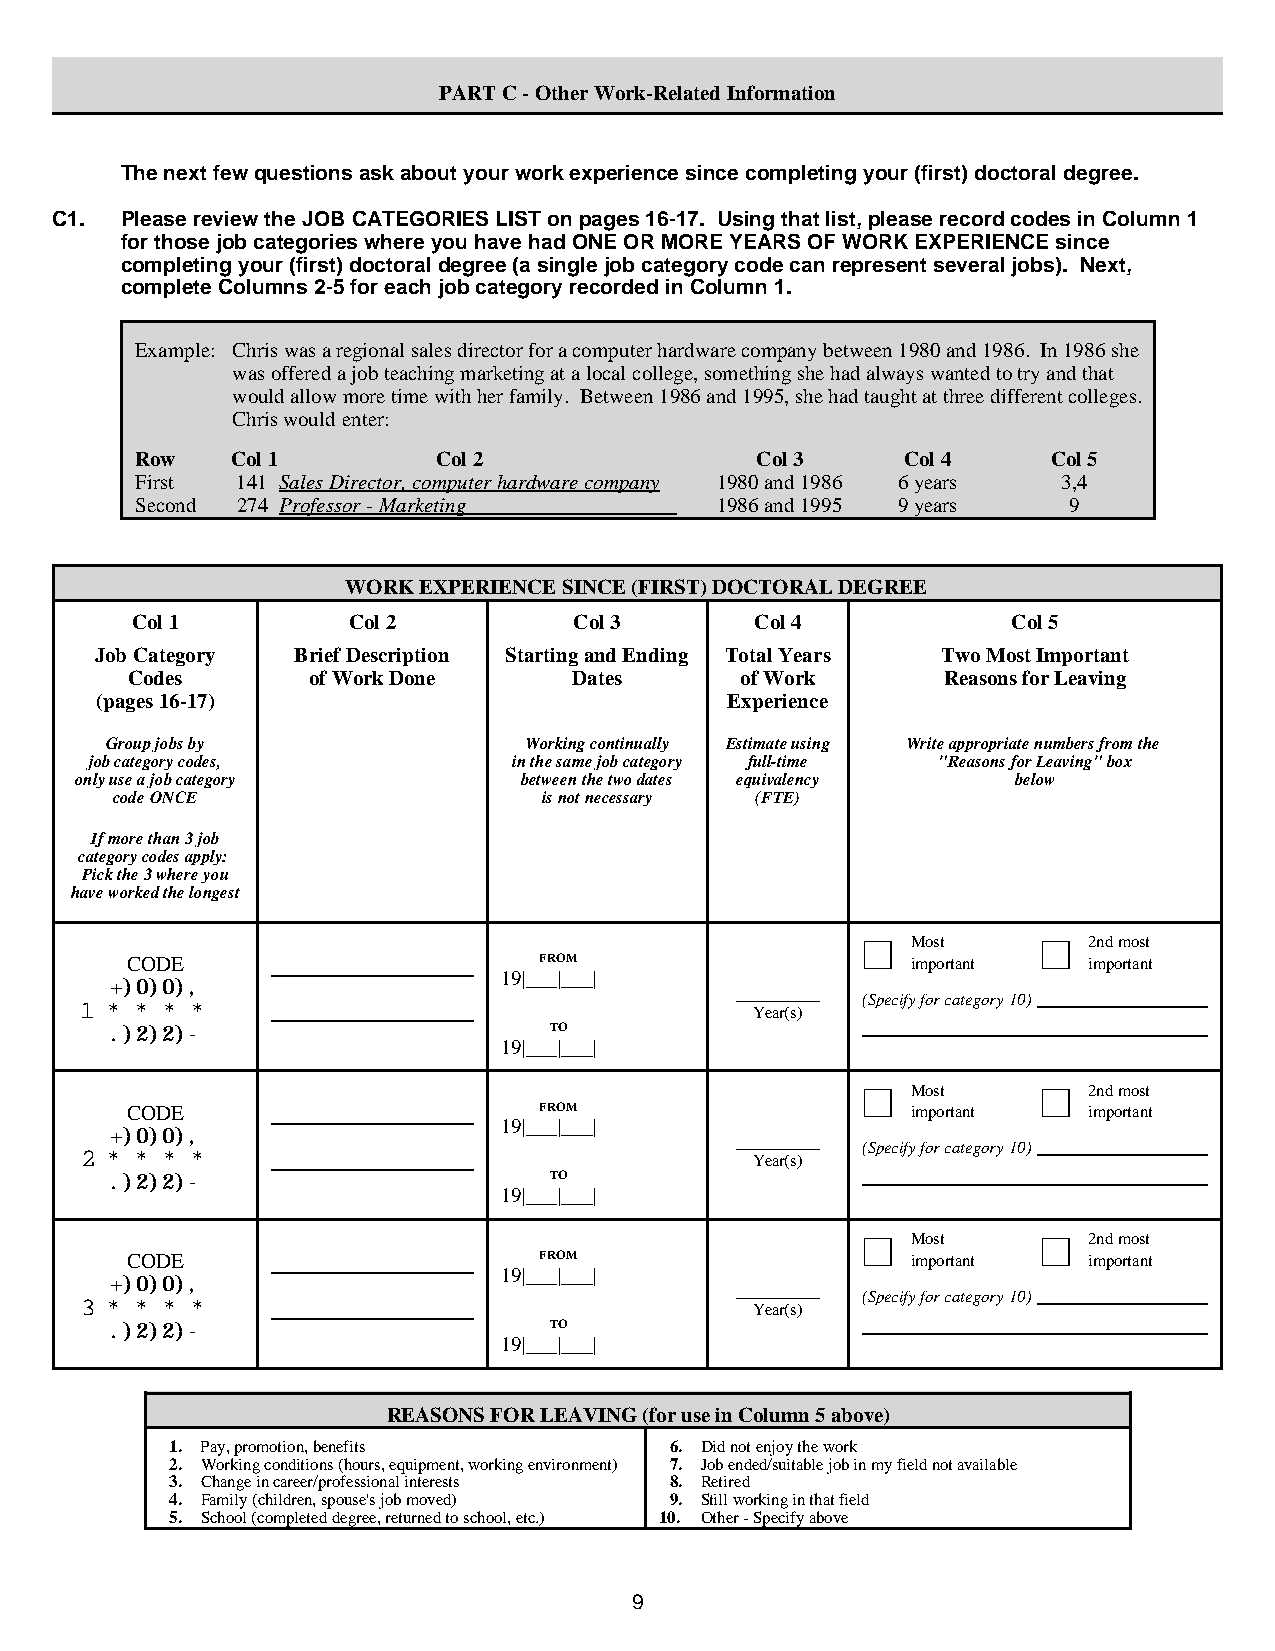
PART C - Other Work-Related Information
 The next few questions ask about your work experience since completing your (first) doctoral degree.
 C1.  Please review the JOB CATEGORIES LIST on pages 16-17. Using that list, please record codes in Column 1
 for those job categories where you have had ONE OR MORE YEARS OF WORK EXPERIENCE since
 completing your (first) doctoral degree (a single job category code can represent several jobs). Next,
 complete Columns 2-5 for each job category recorded in Column 1.
 Example: Chris was a regional sales director for a computer hardware company between 1980 and 1986. In 1986 she
 was offered a job teaching marketing at a local college, something she had always wanted to try and that
 would allow more time with her family. Between 1986 and 1995, she had taught at three different colleges.
 Chris would enter:
 Row   Col 1         Col 2                Col 3     Col 4     Col 5
 First  141 Sales Director, computer hardware company 1980 and 1986 6 years 3,4
 Second 274 Professor - Marketing      1986 and 1995 9 years   9
 WORK EXPERIENCE SINCE (FIRST) DOCTORAL DEGREE
 Col 1         Col 2          Col 3       Col 4            Col 5
 Job Category Brief Description Starting and Ending Total Years Two Most Important
 Codes      of Work Done      Dates      of Work      Reasons for Leaving
 (pages 16-17)                             Experience
 Group jobs by               Working continually Estimate using Write appropriate numbers from the
 job category codes,         in the same job category full-time "Reasons for Leaving" box
 only use a job category       between the two dates equivalency below
 code ONCE                    is not necessary (FTE)
 If more than 3 job
 category codes apply:
 Pick the 3 where you
 have worked the longest
 ~  Most     ~  2nd most
 CODE                        FROM                    important   important
 19|___|___|
 1
 *+ ) *0 )0 *) ,
 *
 __ Y_ e_ a_ r(_ s)__
 (Specify for category 10)
 .)2)2)-                      TO
 19|___|___|
 ~  Most     ~  2nd most
 CODE                        FROM                    important   important
 19|___|___|
 2
 *+ ) *0 )0 *) ,
 *
 __ Y_ e_ a_ r(_ s)__
 (Specify for category 10)
 .)2)2)-                      TO
 19|___|___|
 ~  Most     ~  2nd most
 CODE                        FROM                    important   important
 19|___|___|
 3
 *+ ) *0 )0 *) ,
 *
 __ Y_ e_ a_ r(_ s)__
 (Specify for category 10)
 .)2)2)-                      TO
 19|___|___|
 REASONS FOR LEAVING (for use in Column 5 above)
 1. Pay, promotion, benefits      6. Did not enjoy the work
 2. Working conditions (hours, equipment, working environment) 7. Job ended/suitable job in my field not available
 3. Change in career/professional interests 8. Retired
 4. Family (children, spouse's job moved) 9. Still working in that field
 5. School (completed degree, returned to school, etc.) 10. Other - Specify above
 9